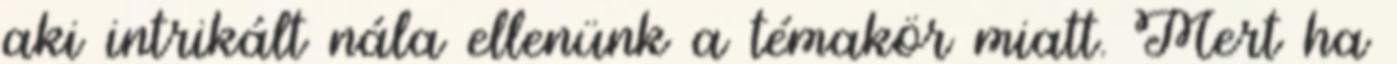
aki intrikált nála ellenünk a témakör miatt. Mert ha